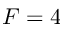
F = 4